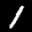
Label: 1